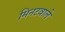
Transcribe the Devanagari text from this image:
मिनटवाले